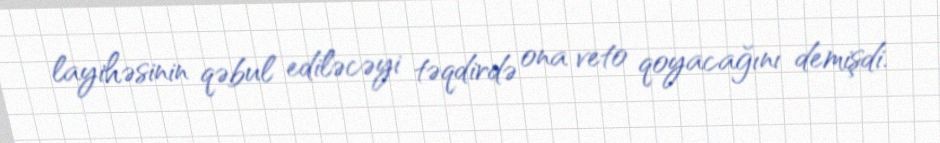
layihəsinin qəbul ediləcəyi təqdirdə ona veto qoyacağını demişdi.